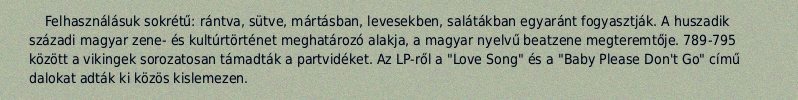
Felhasználásuk sokrétű: rántva, sütve, mártásban, levesekben, salátákban egyaránt fogyasztják. A huszadik századi magyar zene- és kultúrtörténet meghatározó alakja, a magyar nyelvű beatzene megteremtője. 789-795 között a vikingek sorozatosan támadták a partvidéket. Az LP-ről a "Love Song" és a "Baby Please Don't Go" című dalokat adták ki közös kislemezen.